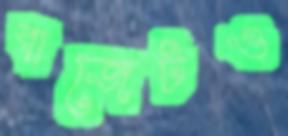
বাজেটও